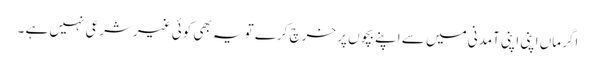
اگر ماں اپنی اپنی آمدنی میں سے اپنے بچوں پر خرچ کرے تو یہ بھی کوئی غیرشرعی نہیں ہے ۔